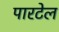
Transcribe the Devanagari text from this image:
पारटेल